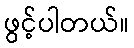
ဖွင့်ပါတယ်။